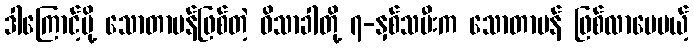
ဒါကြောင့်မို့ သောတာပန်ဖြစ်တဲ့ ဝိသာခါတို့ ၇-နှစ်သမီးက သောတာပန် ဖြစ်လာပေမယ့်